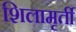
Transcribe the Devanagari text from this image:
शिलामृर्ती